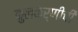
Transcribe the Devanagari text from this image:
कुलकर्णींची